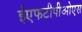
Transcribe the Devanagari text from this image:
ईएफटीपीओएस